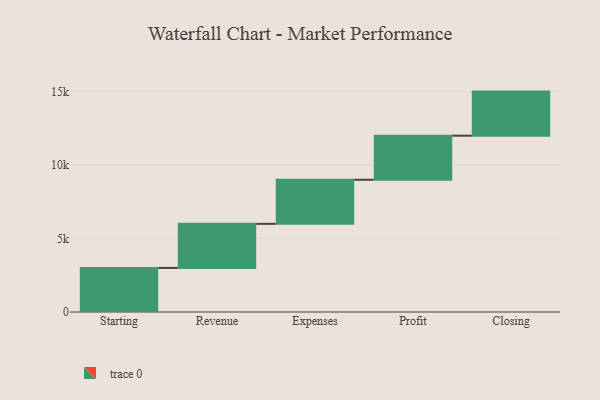
{"axis": {"x": "Step", "y": "Value"}, "legend": [""], "data": [{"x": "Starting", "y": 3000, "type": ""}, {"x": "Revenue", "y": 3000, "type": ""}, {"x": "Expenses", "y": 3000, "type": ""}, {"x": "Profit", "y": 3000, "type": ""}, {"x": "Closing", "y": 3000, "type": ""}]}